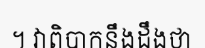
។ វាពិបាកនឹងដឹងថា